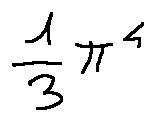
\frac { 1 } { 3 } \pi ^ { 4 }